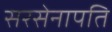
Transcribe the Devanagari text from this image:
सरसेनापति